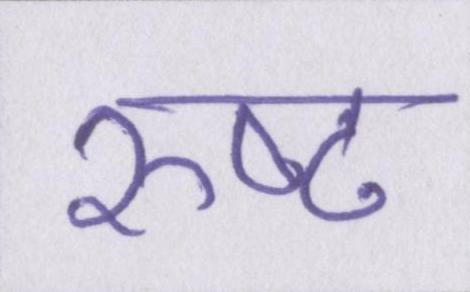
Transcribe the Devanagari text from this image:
रुष्ट